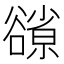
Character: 𧯊